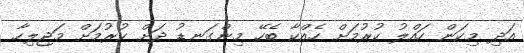
އަދި މިކަން ހައްލު ކުރުމަށް ހެއްކާ ބެހޭ މިންގަނޑު ދަށް ކުރުމަށް މަޖިލިހާ